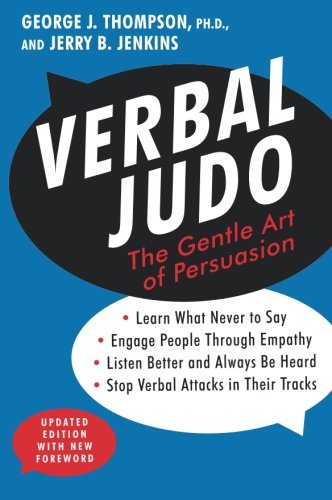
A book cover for Verbal Judo: The Gentle Art of Persuasion, Updated Edition; George J. Thompson; Self-Help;